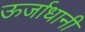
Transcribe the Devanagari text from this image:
ऊर्जाधानी